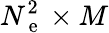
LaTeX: N_{\mathrm{~e~}}^{2}\times M